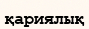
қариялық